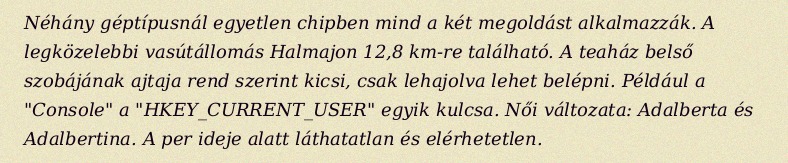
Néhány géptípusnál egyetlen chipben mind a két megoldást alkalmazzák. A legközelebbi vasútállomás Halmajon 12,8 km-re található. A teaház belső szobájának ajtaja rend szerint kicsi, csak lehajolva lehet belépni. Például a "Console" a "HKEY_CURRENT_USER" egyik kulcsa. Női változata: Adalberta és Adalbertina. A per ideje alatt láthatatlan és elérhetetlen.